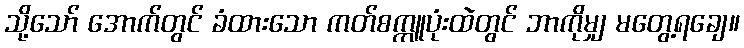
သို့သော် အောက်တွင် ခံထားသော ကတ်စက္ကူပုံးထဲတွင် ဘာကိုမျှ မတွေ့ရချေ။